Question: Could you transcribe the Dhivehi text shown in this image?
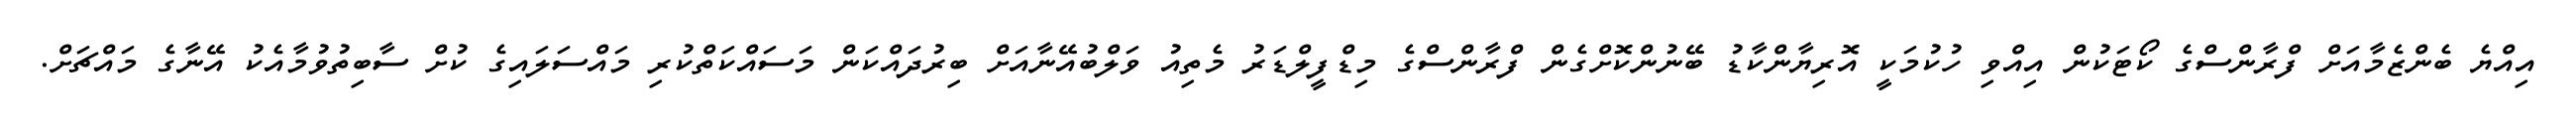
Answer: އިއްޔެ ބެންޒެމާއަށް ފްރާންސްގެ ކޯޓަކުން އިއްވި ހުކުމަކީ އޮރިޔާންކާޑު ބޭނުންކޮށްގެން ފްރާންސްގެ މިޑްފީލްޑަރު މެތިއު ވަލްބުއޭނާއަށް ބިރުދައްކަން މަސައްކަތްކުރި މައްސަލައިގެ ކުށް ސާބިތުވުމާއެކު އޭނާގެ މައްޗަށް.